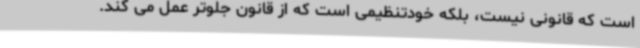
است که قانونی نیست، بلکه خودتنظیمی است که از قانون جلوتر عمل می کند.